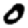
Digit: 0